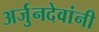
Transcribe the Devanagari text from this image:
अर्जुनदेवांनी